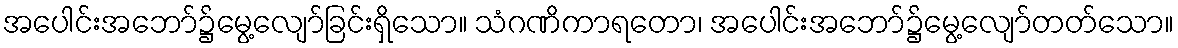
အပေါင်းအဘော်၌မွေ့လျော်ခြင်းရှိသော။ သံဂဏိကာရတော၊ အပေါင်းအဘော်၌မွေ့လျော်တတ်သော။